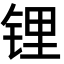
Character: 锂